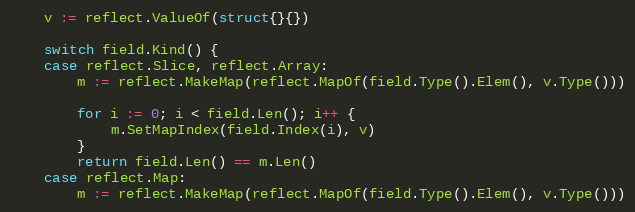
Language: Go
	v := reflect.ValueOf(struct{}{})

	switch field.Kind() {
	case reflect.Slice, reflect.Array:
		m := reflect.MakeMap(reflect.MapOf(field.Type().Elem(), v.Type()))

		for i := 0; i < field.Len(); i++ {
			m.SetMapIndex(field.Index(i), v)
		}
		return field.Len() == m.Len()
	case reflect.Map:
		m := reflect.MakeMap(reflect.MapOf(field.Type().Elem(), v.Type()))